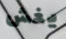
يغش